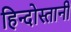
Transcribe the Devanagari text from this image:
हिन्दोस्तानी